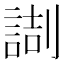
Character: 𠟸